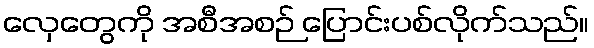
လှေတွေကို အစီအစဉ် ပြောင်းပစ်လိုက်သည်။